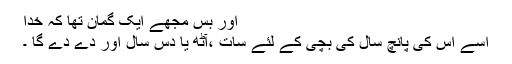
اور بس مجھے ایک گمان تھا کہ خدا
اسے اس کی پانچ سال کی بچی کے لئے سات ،آٹھ یا دس سال اور دے دے گا ۔